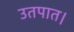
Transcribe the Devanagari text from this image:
उतपात।